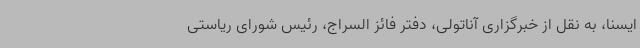
ایسنا، به نقل از خبرگزاری آناتولی، دفتر فائز السراج، رئیس شورای ریاستی